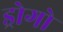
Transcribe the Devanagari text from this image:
ड्रोगो